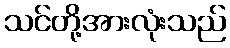
သင်တို့အားလုံးသည်